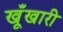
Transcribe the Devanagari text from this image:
खूँखारी